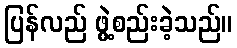
ပြန်လည် ဖွဲ့စည်းခဲ့သည်။